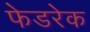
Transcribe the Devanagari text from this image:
फेडरेक